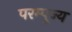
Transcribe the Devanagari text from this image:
परम्पूज्य